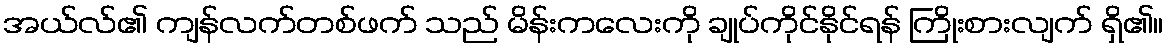
အယ်လ်၏ ကျန်လက်တစ်ဖက် သည် မိန်းကလေးကို ချုပ်ကိုင်နိုင်ရန် ကြိုးစားလျက် ရှိ၏။